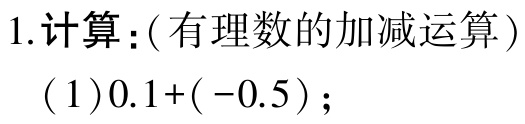
1.计算：(有理数的加减运算)
(1)$0.1+(-0.5)$；